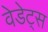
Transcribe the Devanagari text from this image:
वेडेट्स